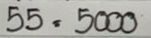
55 = 5000